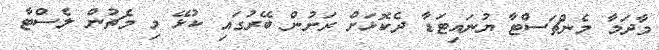
މާދަމާ މެންޗަސްޓާ ޔުނައިޓަޑާ ދެކޮޅަށް ރަށުން ބޭރުގައި ކުޅޭ މި މެޗުން ލެސްޓާ